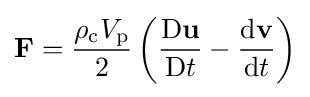
\mathbf {F} ={\frac {\rho _{\mathrm {c} }V_{\mathrm {p} }}{2}}\left({\frac {\mathrm {D} \mathbf {u} }{\mathrm {D} t}}-{\frac {\mathrm {d} \mathbf {v} }{\mathrm {d} t}}\right)